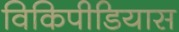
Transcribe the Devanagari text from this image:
विकिपीडियास